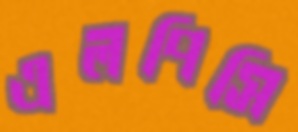
এলপিসি